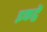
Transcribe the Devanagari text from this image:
इकट्ठें